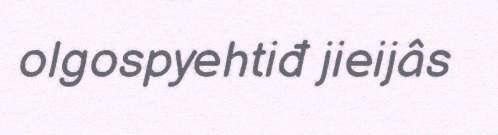
olgospyehtiđ jieijâs